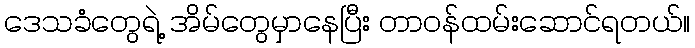
ဒေသခံတွေရဲ့ အိမ်တွေမှာနေပြီး တာဝန်ထမ်းဆောင်ရတယ်။